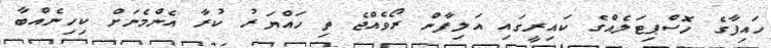
ހައިފާގެ ހޮސްޕިޓަލެއްގެ ކައިރީގައި އަލިފާން ރޯވެއްޖެ ތި ހައްޔަރު ކުރާ އެންމެނަށް ކިހިނެއްބާ